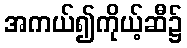
အကယ်၍ကိုယ့်ဆီ၌